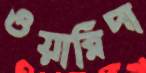
ওয়ারিদা